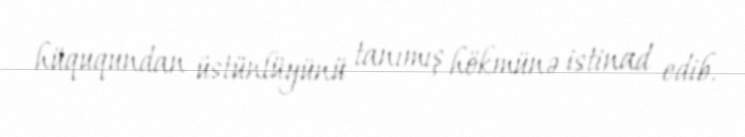
hüququndan üstünlüyünü tanımış hökmünə istinad edib.